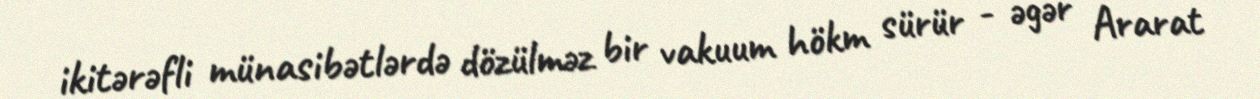
ikitərəfli münasibətlərdə dözülməz bir vakuum hökm sürür - əgər Ararat